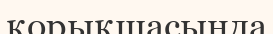
қорықшасында